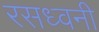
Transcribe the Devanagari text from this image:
रसध्वनी